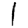
Digit: 1